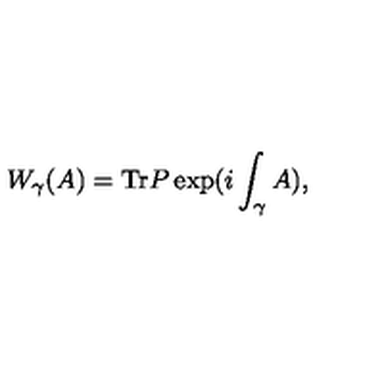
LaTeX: W _ { \gamma } ( A ) = \mathrm { T r } P \exp ( i \int _ { \gamma } A ) ,